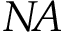
N \! A